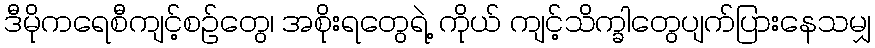
ဒီမိုကရေစီကျင့်စဉ်တွေ၊ အစိုးရတွေရဲ့ ကိုယ် ကျင့်သိက္ခါတွေပျက်ပြားနေသမျှ